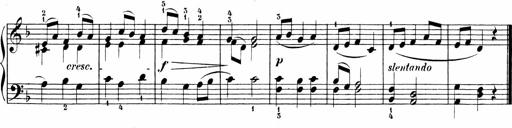
Title: Sonatinen Op.47, 98 und 136, nebst 6 Liedersonatinen
Composer: Carl Reinecke